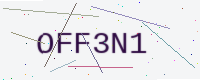
Text: OFF3N1